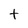
Character: t